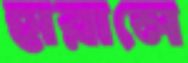
হারালে